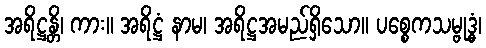
အရိဋ္ဌန္တိ၊ ကား။ အရိဋ္ဌံ နာမ၊ အရိဋ္ဌအမည်ရှိသော။ ပစ္စေကသမ္ဗုဒ္ဓံ၊